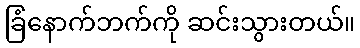
ခြံနောက်ဘက်ကို ဆင်းသွားတယ်။